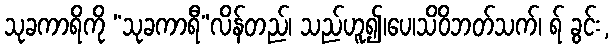
သုခကာရိကို “သုခကာရီ”လိန်တည်၊ သည်ဟူ၍၊ပေ၊သိဝိဘတ်သက်၊ ရ် ခွင်း,